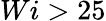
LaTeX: Wi>25